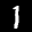
Label: 1